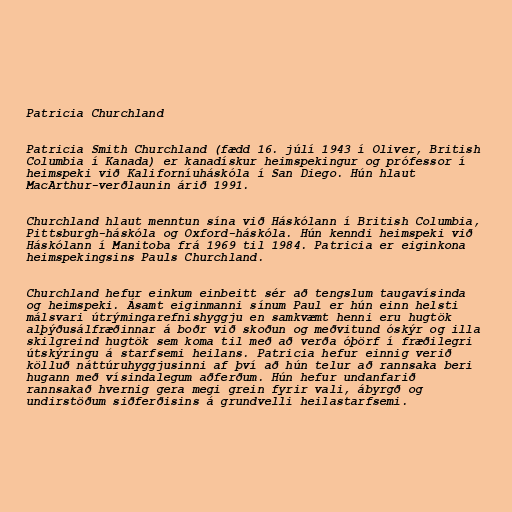
Patricia Churchland

Patricia Smith Churchland (fædd 16. júlí 1943 í Oliver, British
Columbia í Kanada) er kanadískur heimspekingur og prófessor í
heimspeki við Kaliforníuháskóla í San Diego. Hún hlaut
MacArthur-verðlaunin árið 1991.

Churchland hlaut menntun sína við Háskólann í British Columbia,
Pittsburgh-háskóla og Oxford-háskóla. Hún kenndi heimspeki við
Háskólann í Manitoba frá 1969 til 1984. Patricia er eiginkona
heimspekingsins Pauls Churchland.

Churchland hefur einkum einbeitt sér að tengslum taugavísinda
og heimspeki. Ásamt eiginmanni sínum Paul er hún einn helsti
málsvari útrýmingarefnishyggju en samkvæmt henni eru hugtök
alþýðusálfræðinnar á boðr við skoðun og meðvitund óskýr og illa
skilgreind hugtök sem koma til með að verða óþörf í fræðilegri
útskýringu á starfsemi heilans. Patricia hefur einnig verið
kölluð náttúruhyggjusinni af því að hún telur að rannsaka beri
hugann með vísindalegum aðferðum. Hún hefur undanfarið
rannsakað hvernig gera megi grein fyrir vali, ábyrgð og
undirstöðum siðferðisins á grundvelli heilastarfsemi.